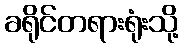
ခရိုင်တရားရုံးသို့